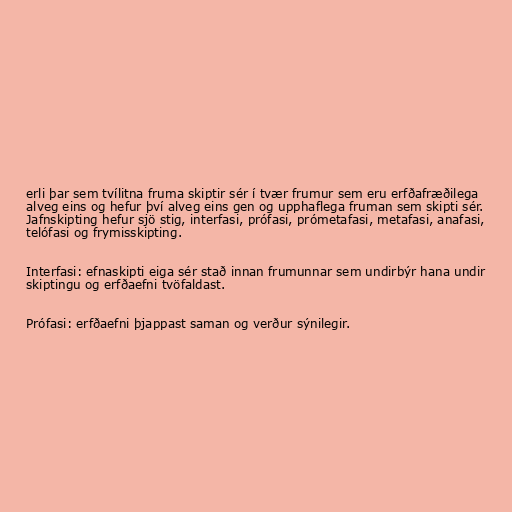
erli þar sem tvílitna fruma skiptir sér í tvær frumur sem eru erfðafræðilega
alveg eins og hefur því alveg eins gen og upphaflega fruman sem skipti sér.
Jafnskipting hefur sjö stig, interfasi, prófasi, prómetafasi, metafasi, anafasi,
telófasi og frymisskipting.

Interfasi: efnaskipti eiga sér stað innan frumunnar sem undirbýr hana undir
skiptingu og erfðaefni tvöfaldast.

Prófasi: erfðaefni þjappast saman og verður sýnilegir.